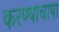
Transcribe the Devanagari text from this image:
करण्याचाया